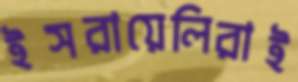
ইসরায়েলিরাই